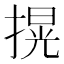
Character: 㨪